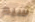
سيم